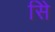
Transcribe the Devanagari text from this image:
सिे